Leaving Certificate Examination, 1925
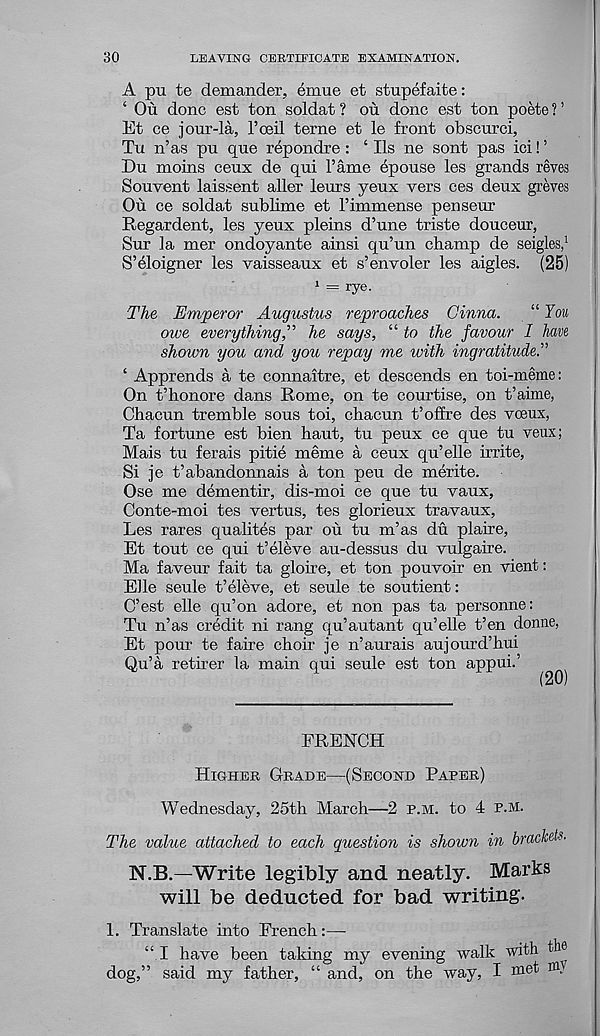
30
LEAVING CERTIFICATE EXAMINATION.
A pu te demander, emue et stupefaite:
‘ Ou done est ton soldat ? on done est ton poete ? ’
Et ce jour-la, 1’oeil terne et le front obscurci,
Tu n’as pu que repondre: ‘ Ils ne sont pas ici! ’
Du moins ceux de qui Fame epouse les grands reves
Souvent laissent aller leurs yeux vers ces deux greves
Ou ce soldat sublime et Fimmense penseur
Regardent, les yeux pleins d’une triste douceur,
Sur la mer ondoyante ainsi qu’un champ de seigles, 1
S’eloigner les vaisseaux et s’envoler les aigles. (25)
1 = rye.
The Emperor Augustus reproaches Ginna.
“ You
oive everything,” he says, “ to the favour I have
shown you and you repay me with ingratitude.”
1 Apprends a te connaitre, et descends en toi-meme:
On t’honore dans Rome, on te courtise, on t’aime,
Chacun tremble sous toi, chacun t’offre des voeux,
Ta fortune est bien haut, tu peux ce que tu veux;
Mais tu ferais pitie meme a ceux qu’elle irrite,
Si je t’abandonnais a ton peu de merite.
Ose me dementir, dis-moi ce que tu vaux,
Conte-moi tes vertus, tes glorieux travaux,
Les rares qualites par ou tu m’as du plaire,
Et tout ce qui t’eleve au-dessus du vulgaire.
Ma faveur fait ta gloire, et ton pouvoir en vient:
Elle seule t’eleve, et seule te soutient:
C’est elle qu’on adore, et non pas ta personne:
Tu n’as credit ni rang qu’autant qu’elle t’en donne,
Et pour te faire choir je n’aurais aujourd’hui
Qu’a retirer la main qui seule est ton appui.’
FRENCH
Higher Grade—(Second Paper)
Wednesday, 25th March—2 p.m. to 4 p.m.
The value attached to each question is shown in brackets.
N.B.—Write legibly and neatly. Marks
will be deducted for bad writing.
1. Translate into French:—
“ I have been taking my evening walk with the
dog,” said my father, “ and, on the way, I met nq